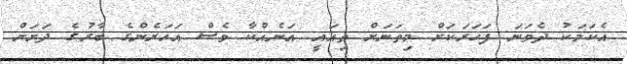
އެކަމަކު ދެވަނަ ފަހަރަކަށް މިތަނަށް ތިއައީ އަނެއްކާ ވެސް އަހަރެންގެ ބާރުގެ ދަށަށް